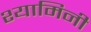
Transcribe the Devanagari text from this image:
श्यामिनी